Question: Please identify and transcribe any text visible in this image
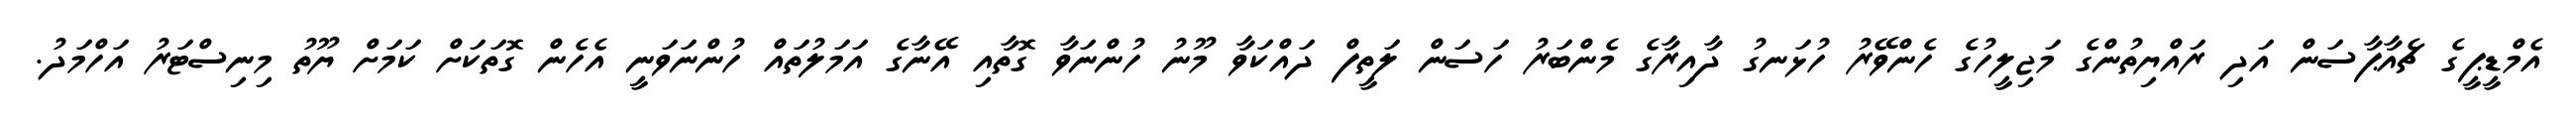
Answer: އެމްޑީޕީގެ ޗެއާޕާސަން އަދި ރައްޔިތުންގެ މަޖިލީހުގެ ހެންވޭރު ހުޅަނގު ދާއިރާގެ މެންބަރު ހަސަން ލަތީފް ދައްކަވާ މޫނު ހުންނަވާ ގޮތާއި އޭނާގެ އަމަލުތައް ހުންނަވަނީ އެހެން ގޮތަކަށް ކަމަށް ޔޫތު މިނިސްޓަރު އަހްމަދު.